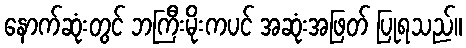
နောက်ဆုံးတွင် ဘကြီးမိုးကပင် အဆုံးအဖြတ် ပြုရသည်။